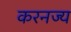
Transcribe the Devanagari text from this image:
करनज्य